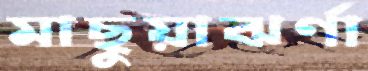
মাছুয়াঝর্ণা